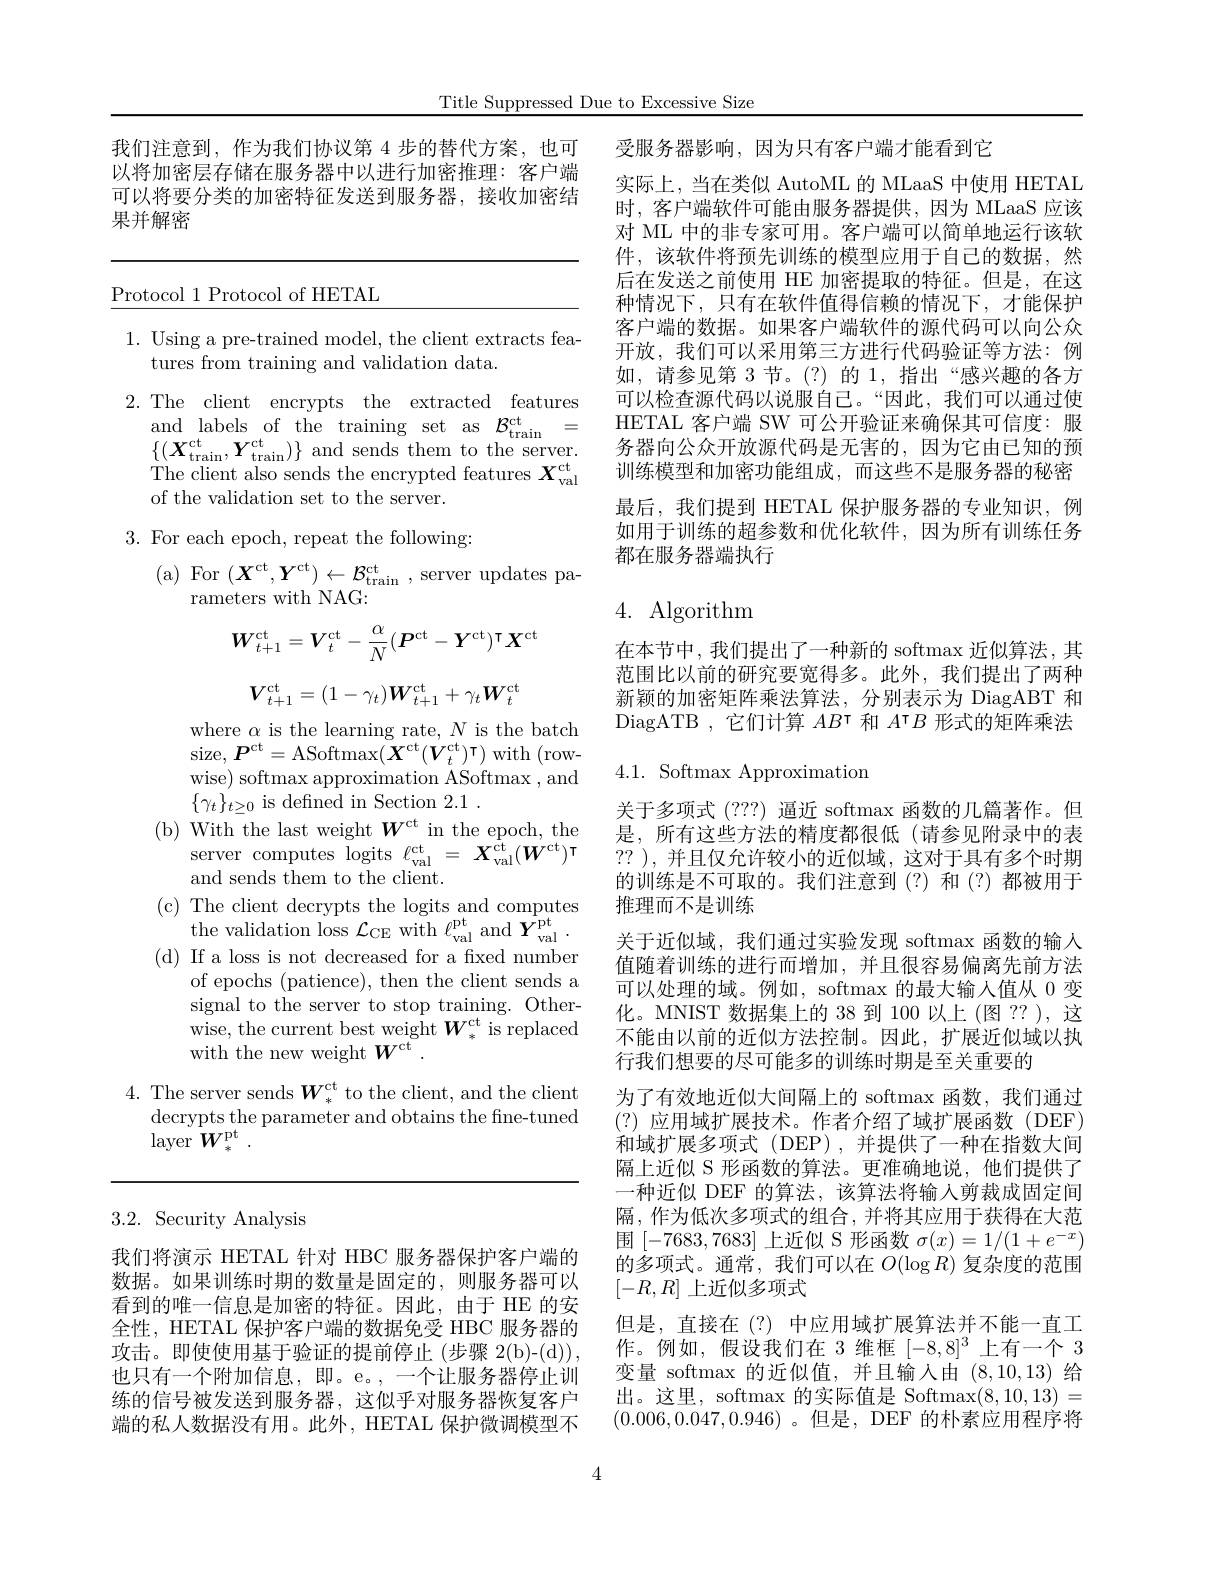
Title Suppressed Due to Excessive Size

我们注意到，作为我们协议第 4 步的替代方案，也可以将加密层存储在服务器中以进行加密推理：客户端可以将要分类的加密特征发送到服务器，接收加密结果并解密

3.2. Security Analysis

我们将演示 HETAL 针对 HBC 服务器保护客户端的数据。如果训练时期的数量是固定的，则服务器可以看到的唯一信息是加密的特征。因此，由于 HE 的安全性，HETAL 保护客户端的数据免受 HBC 服务器的攻击。即使使用基于验证的提前停止 (步骤 2(b)-(d)), 也只有一个附加信息，即。e。,一个让服务器停止训练的信号被发送到服务器，这似乎对服务器恢复客户端的私人数据没有用。此外，HETAL 保护微调模型不

Protocol 1 Protocol of HETAL

1. Using a pre-trained model, the client extracts fea-
tures from training and validation data.
2. The client encrypts the extracted features
$\begin{array}{ll}\mathrm{and~labels~of~the~training~set~as~}\mathcal{B}_{\mathrm{train}}^{\mathrm{ct}}=\\\{(\boldsymbol{X}_{\mathrm{train}}^{\mathrm{ct}},\boldsymbol{Y}_{\mathrm{train}}^{\mathrm{ct}})\}\mathrm{~and~sends~them~to~the~server.}\end{array}$ The client also sends the encrypted features $X_\mathrm{val}^\mathrm{ct}$ of the validation set to the server.

3. For each epoch, repeat the following:

( a) For ( $X^{ct}$, $Y^{ct}$) $\leftarrow \mathcal{B} _{train}^{ct}$ , server updates pa-
rameters with NAG:
$$W_{t+1}^{\mathrm{ct}}=V_{t}^{\mathrm{ct}}-\frac{\alpha}{N}(P^{\mathrm{ct}}-Y^{\mathrm{ct}})^{\intercal}X^{\mathrm{ct}}$$
$$V_{t+1}^{\mathrm{ct}}=(1-\gamma_{t})\boldsymbol{W}_{t+1}^{\mathrm{ct}}+\gamma_{t}\boldsymbol{W}_{t}^{\mathrm{ct}}$$
where $\alpha$ is the learning rate, $N$ is the batch size, $\boldsymbol{P}^{\mathrm{ct}}=$ASoftmax$(\boldsymbol X^\mathrm{ct}(\boldsymbol V_{t}^\mathrm{ct})^{\intercal})$with( row- wise) softmax approximation ASoftmax , and $\{\gamma_t\}_{t\geq0}$ is defined in Section 2.1.
(b) With the last weight $\boldsymbol{W}^\mathrm{ct}$ in the epoch, the
server computes logits $\ell_\mathrm{val}^\mathrm{ct}=X_\mathrm{val}^{\tilde{c}t}(W^\mathrm{ct})^\mathrm{\tau}$
and sends them to the client.
(c) The client decrypts the logits and computes
the validation loss $\mathcal{L}_{\mathrm{CE}}$ with $\ell_\mathrm{val}^\mathrm{pt}$ and $Y_\mathrm{val}^\mathrm{pt}.$ (d) If a loss is not decreased for a fixed number
of epochs (patience), then the client sends a signal to the server to stop training. Other- $\bar{\mathrm{wise,~the~current~best~weight~}}\boldsymbol{W}_{*}^{\mathrm{ct~is~replaced}}$ with the new weight $W^\mathrm{ct}.$

4. The server sends $\boldsymbol W_*^\mathrm{ct}$ to the client, and the client
decrypts the parameter and obtains the fine-tuned
${\mathrm{layer~}}^{{\tilde{W} _{* }^{\mathrm{pt}}}}$ .

受服务器影响，因为只有客户端才能看到它
实际上，当在类似 AutoML 的 MLaaS 中使用 HETAL 时，客户端软件可能由服务器提供，因为 MLaaS 应该对 ML 中的非专家可用。客户端可以简单地运行该软件，该软件将预先训练的模型应用于自己的数据，然后在发送之前使用 HE 加密提取的特征。但是，在这种情况下，只有在软件值得信赖的情况下，才能保护客户端的数据。如果客户端软件的源代码可以向公众开放，我们可以采用第三方进行代码验证等方法：例如，请参见第 3 节。(?)的 1,指出“感兴趣的各方可以检查源代码以说服自己。“因此，我们可以通过使HETAL 客户端 SW 可公开验证来确保其可信度：服务器向公众开放源代码是无害的，因为它由已知的预训练模型和加密功能组成，而这些不是服务器的秘密最后，我们提到 HETAL 保护服务器的专业知识，例如用于训练的超参数和优化软件，因为所有训练任务都在服务器端执行

## 4. Algorithm

在本节中，我们提出了一种新的 softmax 近似算法，其范围比以前的研究要宽得多。此外，我们提出了两种新颖的加密矩阵乘法算法，分别表示为 DiagABT 和DiagATB , 它们计算$AB^\intercal$和$A^\intercal B$形式的矩阵乘法

## 4.1. Softmax Approximation

关于多项式 (???) 逼近 softmax 函数的几篇著作。但是，所有这些方法的精度都很低(请参见附录中的表?? ),并且仅允许较小的近似域，这对于具有多个时期的训练是不可取的。我们注意到(?)和(?)都被用于推理而不是训练
关于近似域，我们通过实验发现 softmax 函数的输入值随着训练的进行而增加，并且很容易偏离先前方法可以处理的域。例如，softmax 的最大输入值从 0 变化。MNIST 数据集上的 38 到 100 以上(图 ?? ), 这不能由以前的近似方法控制。因此，扩展近似域以执行我们想要的尽可能多的训练时期是至关重要的
为了有效地近似大间隔上的 softmax 函数，我们通过(?)应用域扩展技术。作者介绍了域扩展函数(DEF) 和域扩展多项式 (DEP),并提供了一种在指数大间隔上近似 S 形函数的算法。更准确地说，他们提供了一种近似 DEF 的算法，该算法将输入剪裁成固定间隔，作为低次多项式的组合，并将其应用于获得在大范围[-7683,7683]上近似 S 形函数$\sigma(x)=1/(1+e^{-x})$ 的多项式。通常，我们可以在$O(\log R)$复杂度的范围$[-R,R]$上近似多项式
但是，直接在(?)中应用域扩展算法并不能一直工作。例如，假设我们在 3 维框$[-8,8]^3$上有一个 3变量 softmax 的近似值，并且输入由(8,10,13) 给出。这里，softmax 的实际值是 Softmax(8,10,13)= (0.006,0.047,0.946) 。但是，DEF 的朴素应用程序将

4